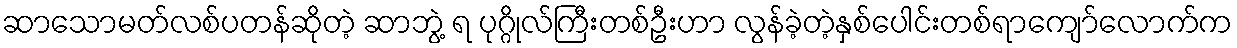
ဆာသောမတ်လစ်ပတန်ဆိုတဲ့ ဆာဘွဲ့ ရ ပုဂ္ဂိုလ်ကြီးတစ်ဦးဟာ လွန်ခဲ့တဲ့နှစ်ပေါင်းတစ်ရာကျော်လောက်က